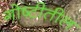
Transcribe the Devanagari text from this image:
गोष्टीतील